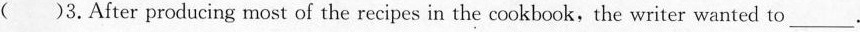
( )3.After producing most of the recipes in the cookbook,the writer wanted to ___.